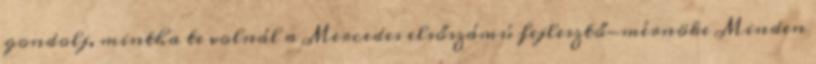
gondolj, mintha te volnál a Mercedes elsőszámú fejlesztő-mérnöke Minden